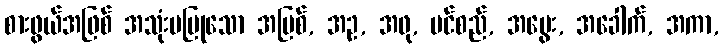
စားဖွယ်အဖြစ် အသုံးမပြုသော အမြစ်, အဥ, အဖု, ပင်စည်, အပွေး, အခေါက်, အကာ,